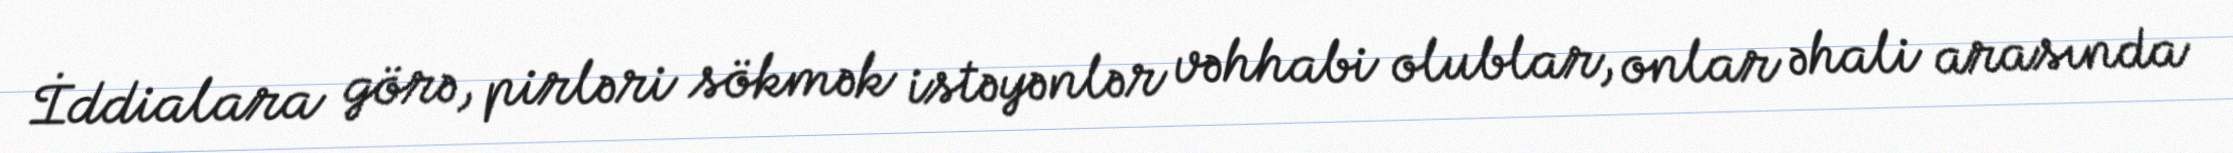
İddialara görə, pirləri sökmək istəyənlər vəhhabi olublar, onlar əhali arasında